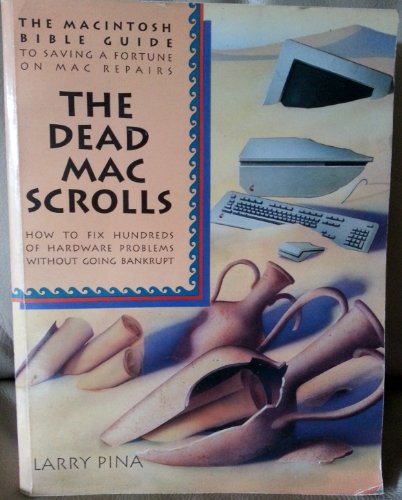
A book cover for The Dead Mac Scrolls: The MacIntosh Bible Guide to Saving Thousands on Mac Repairs : How to Fix Hundreds of Hardware Problems Without Going Bankrupt; Larry Pina; Computers & Technology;